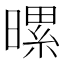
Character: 𪱀